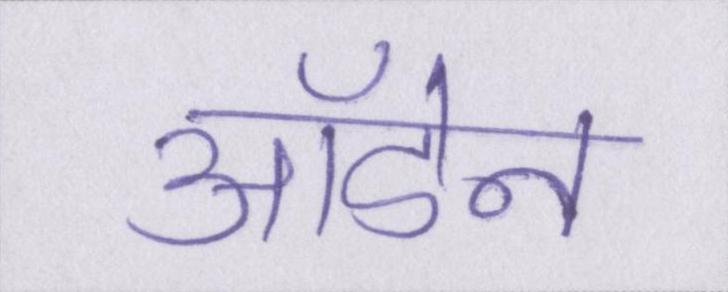
ऑडेन